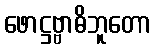
ဖောဋ္ဌဗ္ဗာဓိဘူတော